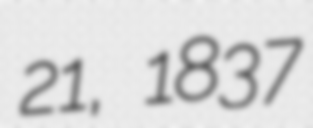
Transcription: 21, 1837